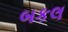
બકલ